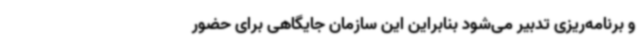
و برنامه‌ریزی تدبیر می‌شود بنابراین این سازمان جایگاهی برای حضور